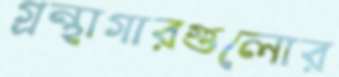
গ্রন্থাগারগুলোর